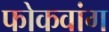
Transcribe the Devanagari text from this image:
फोकवांग